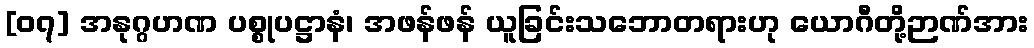
[၀၇] အနုဂ္ဂဟဏ ပစ္စုပဋ္ဌာနံ၊ အဖန်ဖန် ယူခြင်းသဘောတရားဟု ယောဂီတို့ဉာဏ်အား